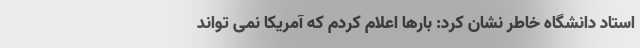
استاد دانشگاه خاطر نشان کرد: بارها اعلام کردم که آمریکا نمی تواند